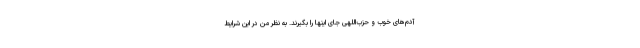
آدم‌های خوب و حزب‌اللهی جای اینها را بگیرند. به نظر من در این شرایط